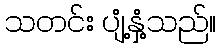
သတင်း ပျံ့နှံ့သည်။